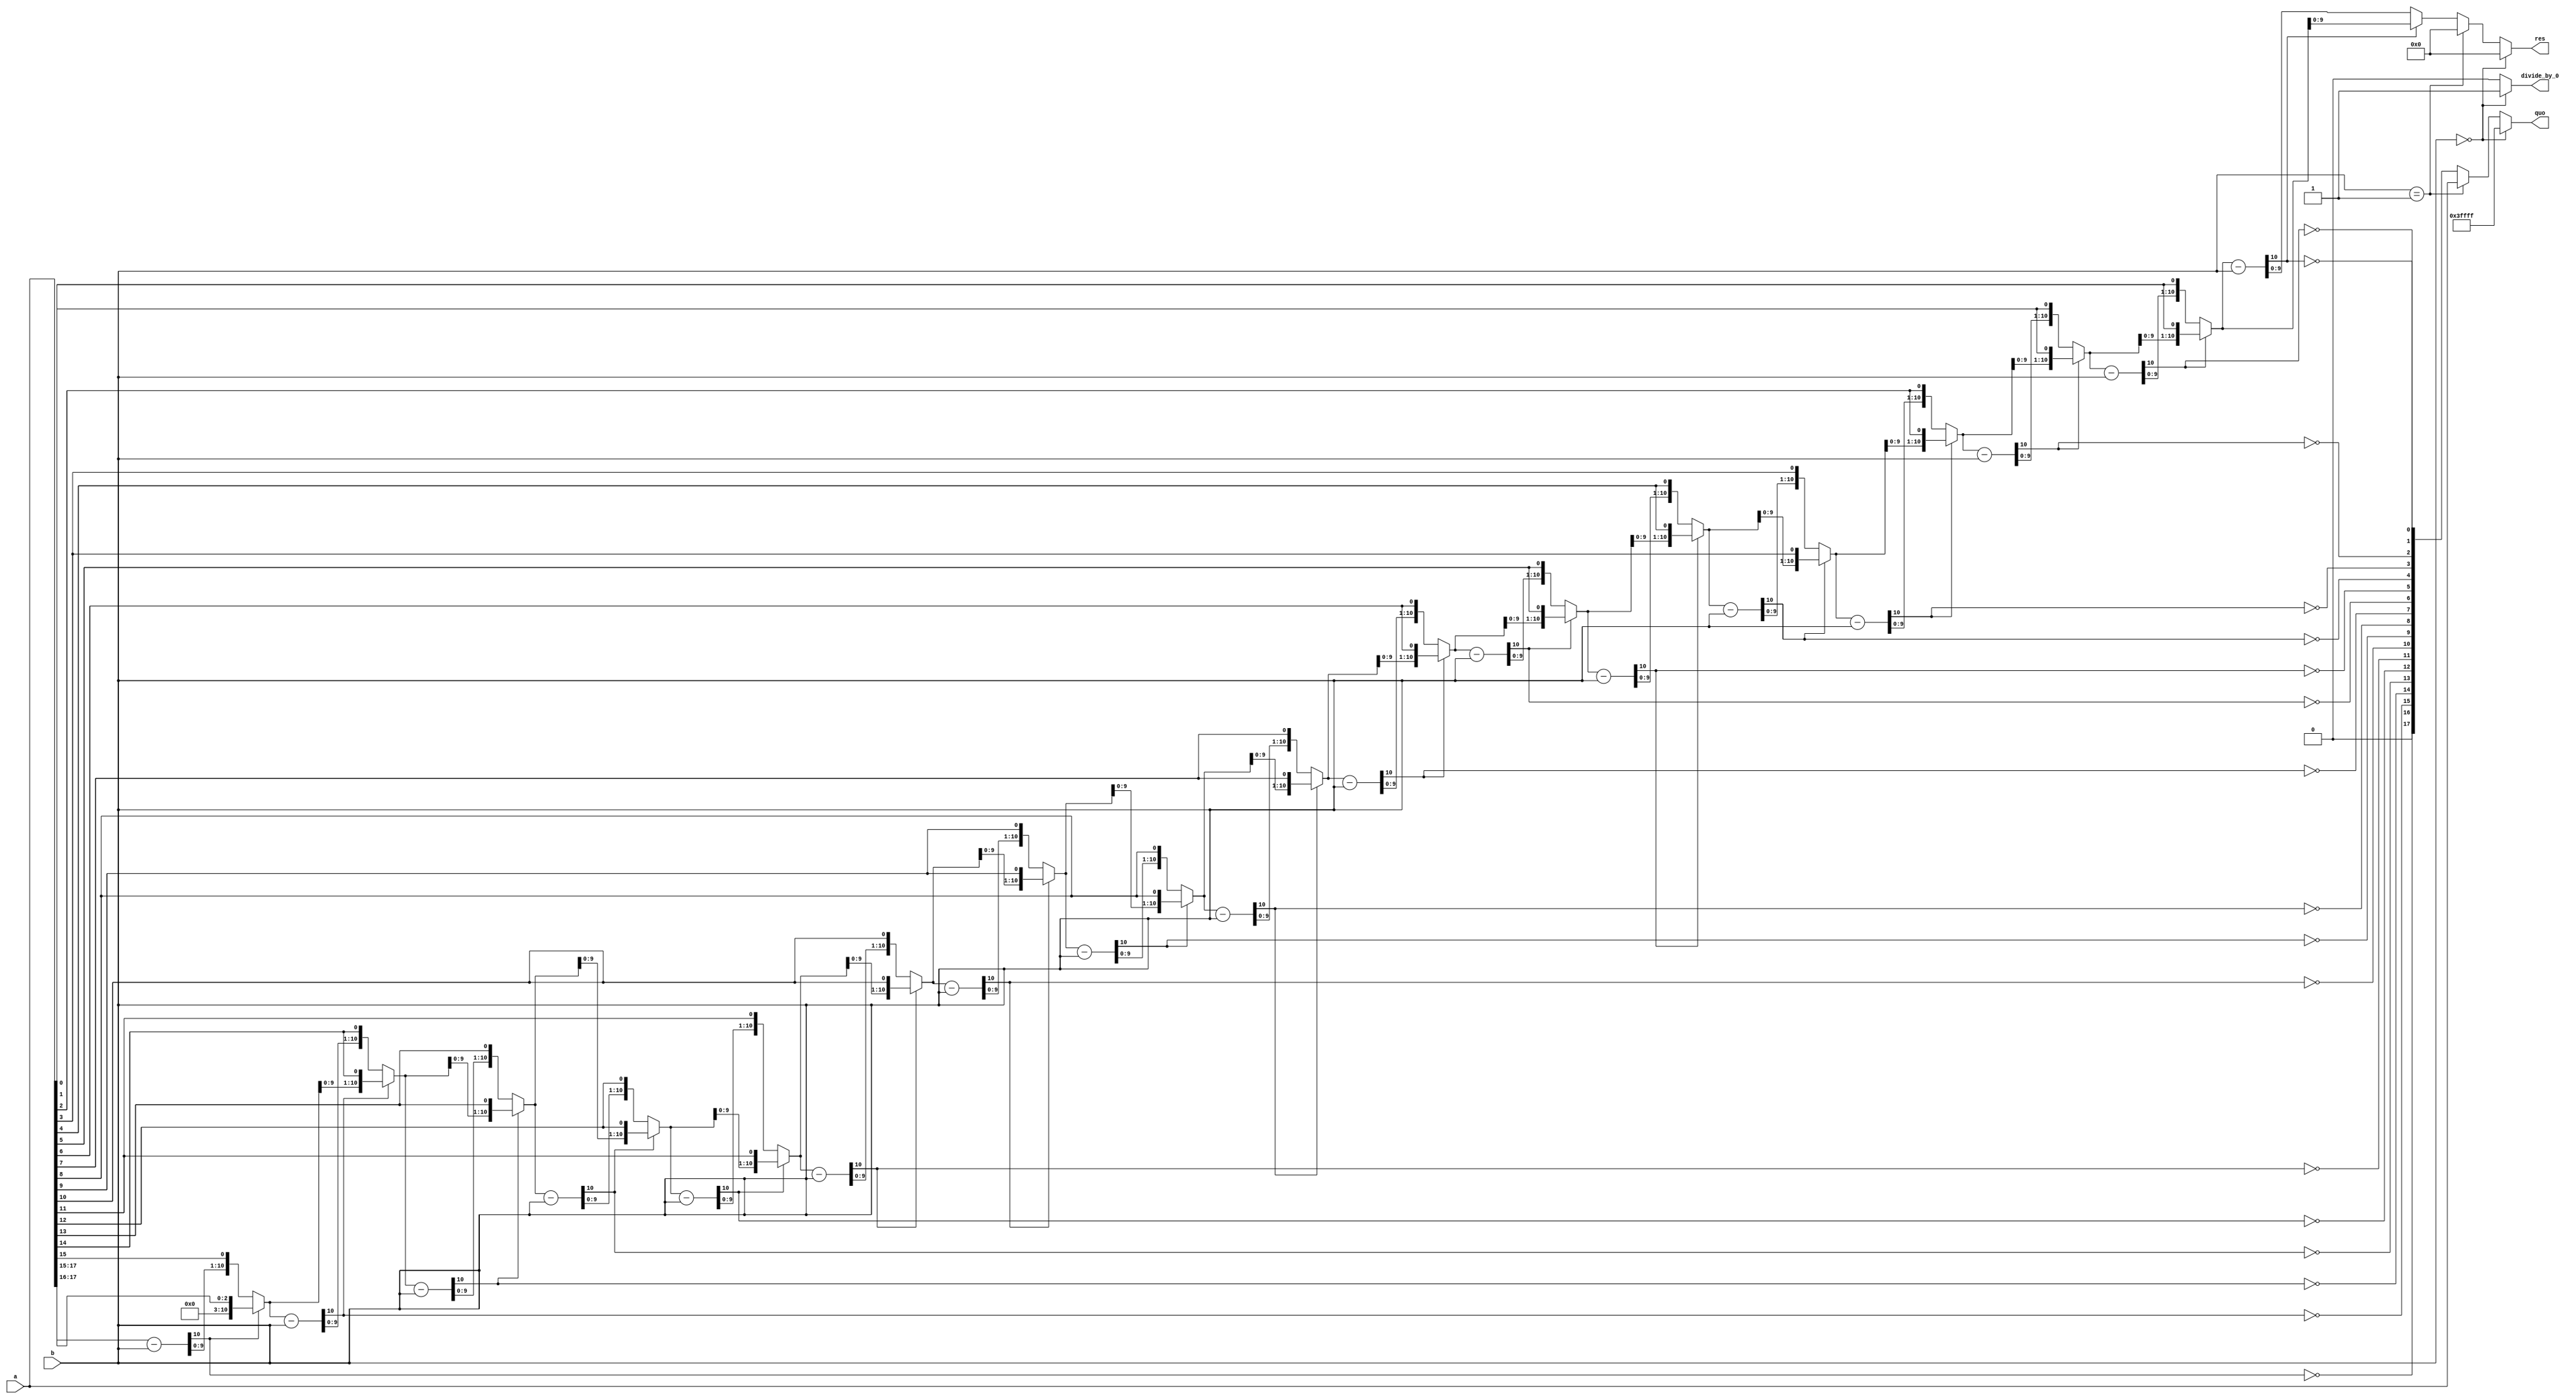
module udiv
#(parameter aw = 18,
  parameter bw = 10)(
  input      [aw   -1:0] a,
  input      [bw   -1:0] b,
  output     [aw-1:0] quo,
  output     [bw-1:0] res,
  output              divide_by_0
  );
  assign divide_by_0 = b == 0 ? 1'b1:1'b0;

  integer i;
  reg frac;
  reg   [aw-1:0] quo_temp;
  reg   [bw:0] am [0:aw-1];
  reg   [bw:0] at [0:aw-1];
  reg   [bw:0] a_end;
  
  wire signed [bw:0] sb;
 
  assign sb = {1'b0,b};

always  
begin
  quo_temp[aw-1] = 0;
  at[aw-2] = {{(bw-1){1'b0}},a[aw-1:aw-2]};
  for(i=aw-3;i>=0;i=i-1)
    begin
      am[i+1] = at[i+1] - sb;
      quo_temp[i+1] = ~am[i+1][bw];
      
      if(quo_temp[i+1])
        at[i] = {am[i+1][bw-1:0],a[i]};
      else
        at[i] = {at[i+1][bw-1:0],a[i]};
    end
//lsb  
  am[0] = at[0] - sb;
  quo_temp[0] = ~am[0][bw];

  if (quo_temp[0])
    a_end = am[0];
  else
    a_end = at[0];
end

assign quo = b == 0? {aw{1'b1}}: 
             b == 1? a:quo_temp;
assign res = b == 0? 0:
            (b == 1? 0:a_end[bw-1:0]);
endmodule